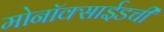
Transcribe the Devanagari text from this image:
मोनॉक्साईडची